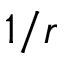
1 / r